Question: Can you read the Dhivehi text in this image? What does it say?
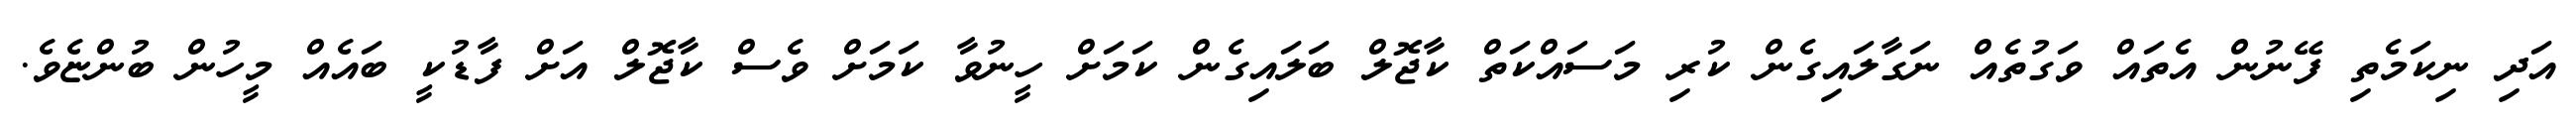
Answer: އަދި ނިކަމެތި ފޭނުން އެތައް ވަގުތެއް ނަގާލައިގެން ކުރި މަސައްކަތް ކާޖޮލް ބަލައިގެން ކަމަށް ހީނުވާ ކަމަށް ވެސް ކާޖޮލް އަށް ފާޑުކީ ބައެއް މީހުން ބުންޏެވެ.